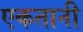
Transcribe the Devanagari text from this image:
एकतानी